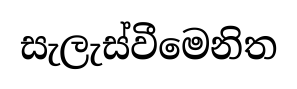
සැලැස්වීමෙනිත